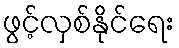
ဖွင့်လှစ်နိုင်ရေး